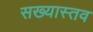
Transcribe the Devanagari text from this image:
सख्यास्तव